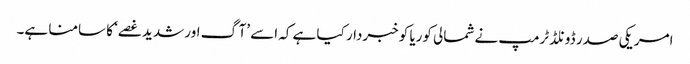
امریکی صدر ڈونلڈ ٹرمپ نے شمالی کوریا کو خبردار کیا ہے کہ اسے ’آگ اور شدید غصے‘ کا سامنا ہے۔